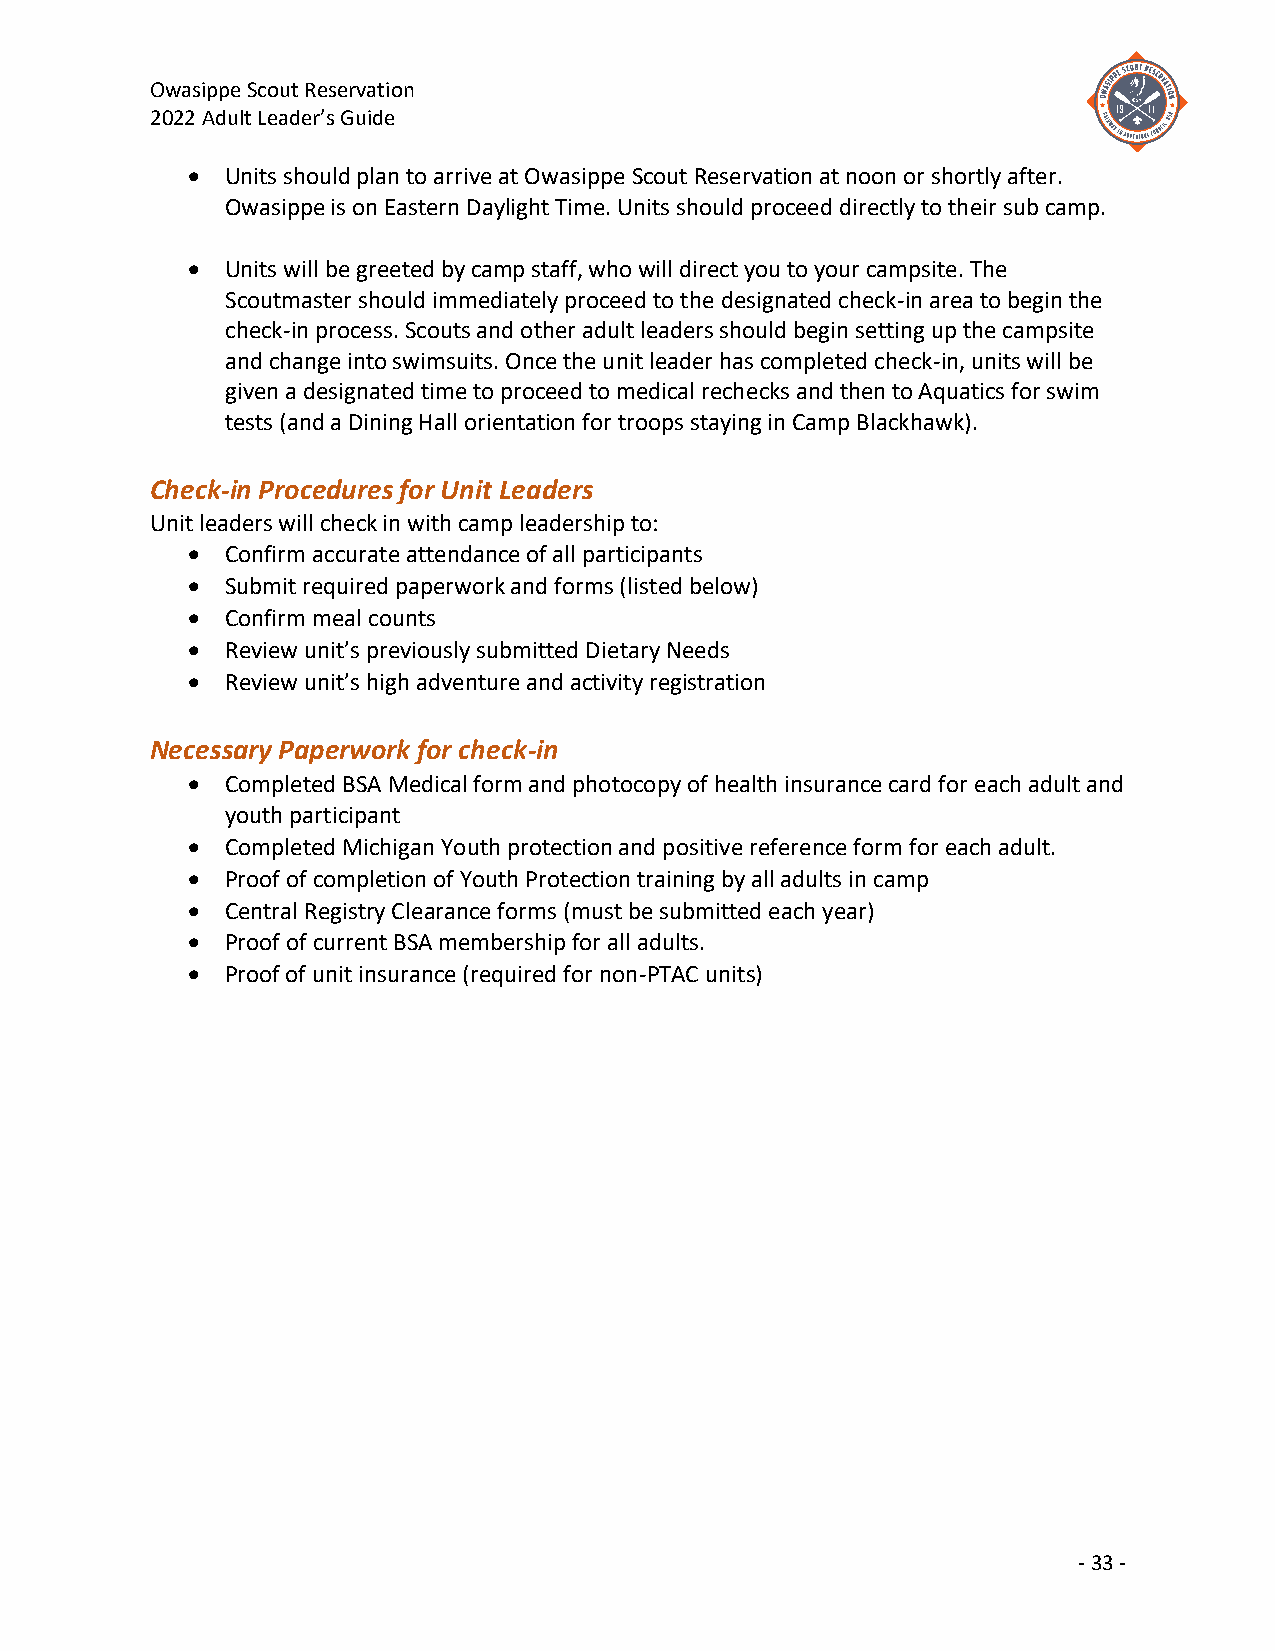
Owasippe Scout Reservation
 2022 Adult Leader’s Guide
 •  Units should plan to arrive at Owasippe Scout Reservation at noon or shortly after.
 Owasippe is on Eastern Daylight Time. Units should proceed directly to their sub camp.
 •  Units will be greeted by camp staff, who will direct you to your campsite. The
 Scoutmaster should immediately proceed to the designated check-in area to begin the
 check-in process. Scouts and other adult leaders should begin setting up the campsite
 and change into swimsuits. Once the unit leader has completed check-in, units will be
 given a designated time to proceed to medical rechecks and then to Aquatics for swim
 tests (and a Dining Hall orientation for troops staying in Camp Blackhawk).
 Check-in Procedures for Unit Leaders
 Unit leaders will check in with camp leadership to:
 •  Confirm accurate attendance of all participants
 •  Submit required paperwork and forms (listed below)
 •  Confirm meal counts
 •  Review unit’s previously submitted Dietary Needs
 •  Review unit’s high adventure and activity registration
 Necessary Paperwork for check-in
 •  Completed BSA Medical form and photocopy of health insurance card for each adult and
 youth participant
 •  Completed Michigan Youth protection and positive reference form for each adult.
 •  Proof of completion of Youth Protection training by all adults in camp
 •  Central Registry Clearance forms (must be submitted each year)
 •  Proof of current BSA membership for all adults.
 •  Proof of unit insurance (required for non-PTAC units)
 - 33 -